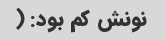
نونش کم بود: (